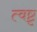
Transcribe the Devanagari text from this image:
त्वष्टृ